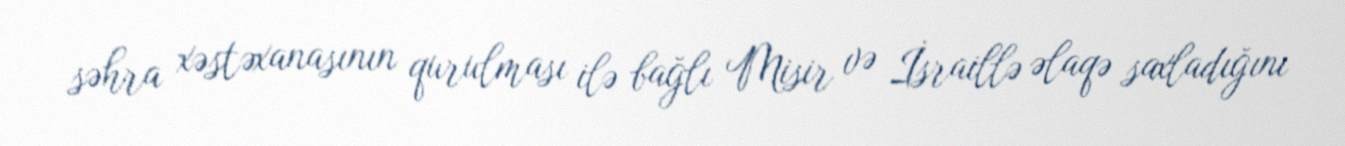
səhra xəstəxanasının qurulması ilə bağlı Misir və İsraillə əlaqə saxladığını